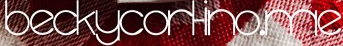
beckycorhno.me